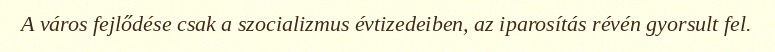
A város fejlődése csak a szocializmus évtizedeiben, az iparosítás révén gyorsult fel.